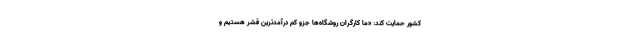
کشور حمایت کند: «ما کارگران روشگاه‌ها جزو کم درآمدترین قشر هستیم و